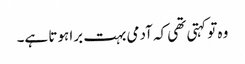
وہ تو کہتی تھی کہ آدمی بہت برا ہوتا ہے۔